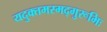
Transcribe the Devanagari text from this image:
यदुक्तमस्मद्गुरूभिः